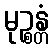
မုဉ္စန္တံ